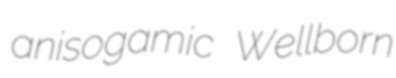
anisogamic Wellborn